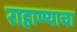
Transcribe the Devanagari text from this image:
राहाण्याचा